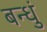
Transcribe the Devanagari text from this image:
बन्धुं